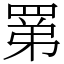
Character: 罤